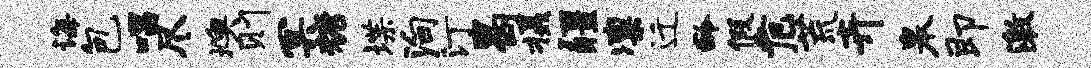
诲包唱尽燠则冥糖堞殉汀曷摄疆凛迁龄假危荒卉皋即激